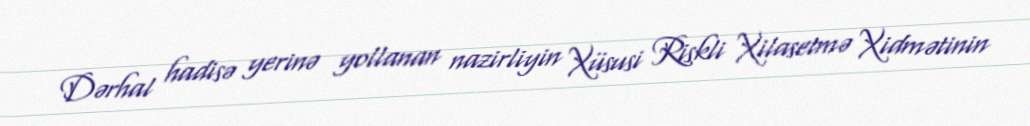
Dərhal hadisə yerinə yollanan nazirliyin Xüsusi Riskli Xilasetmə Xidmətinin